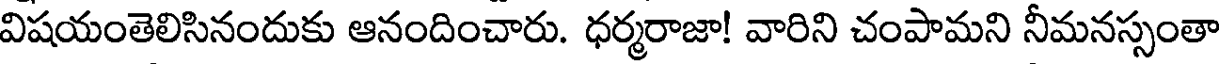
విషయంతెలిసినందుకు ఆనందించారు. ధర్మరాజా! వారిని చంపామని నీమనస్సంతా